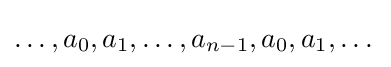
\dots ,a_{0},a_{1},\dots ,a_{n-1},a_{0},a_{1},\dots